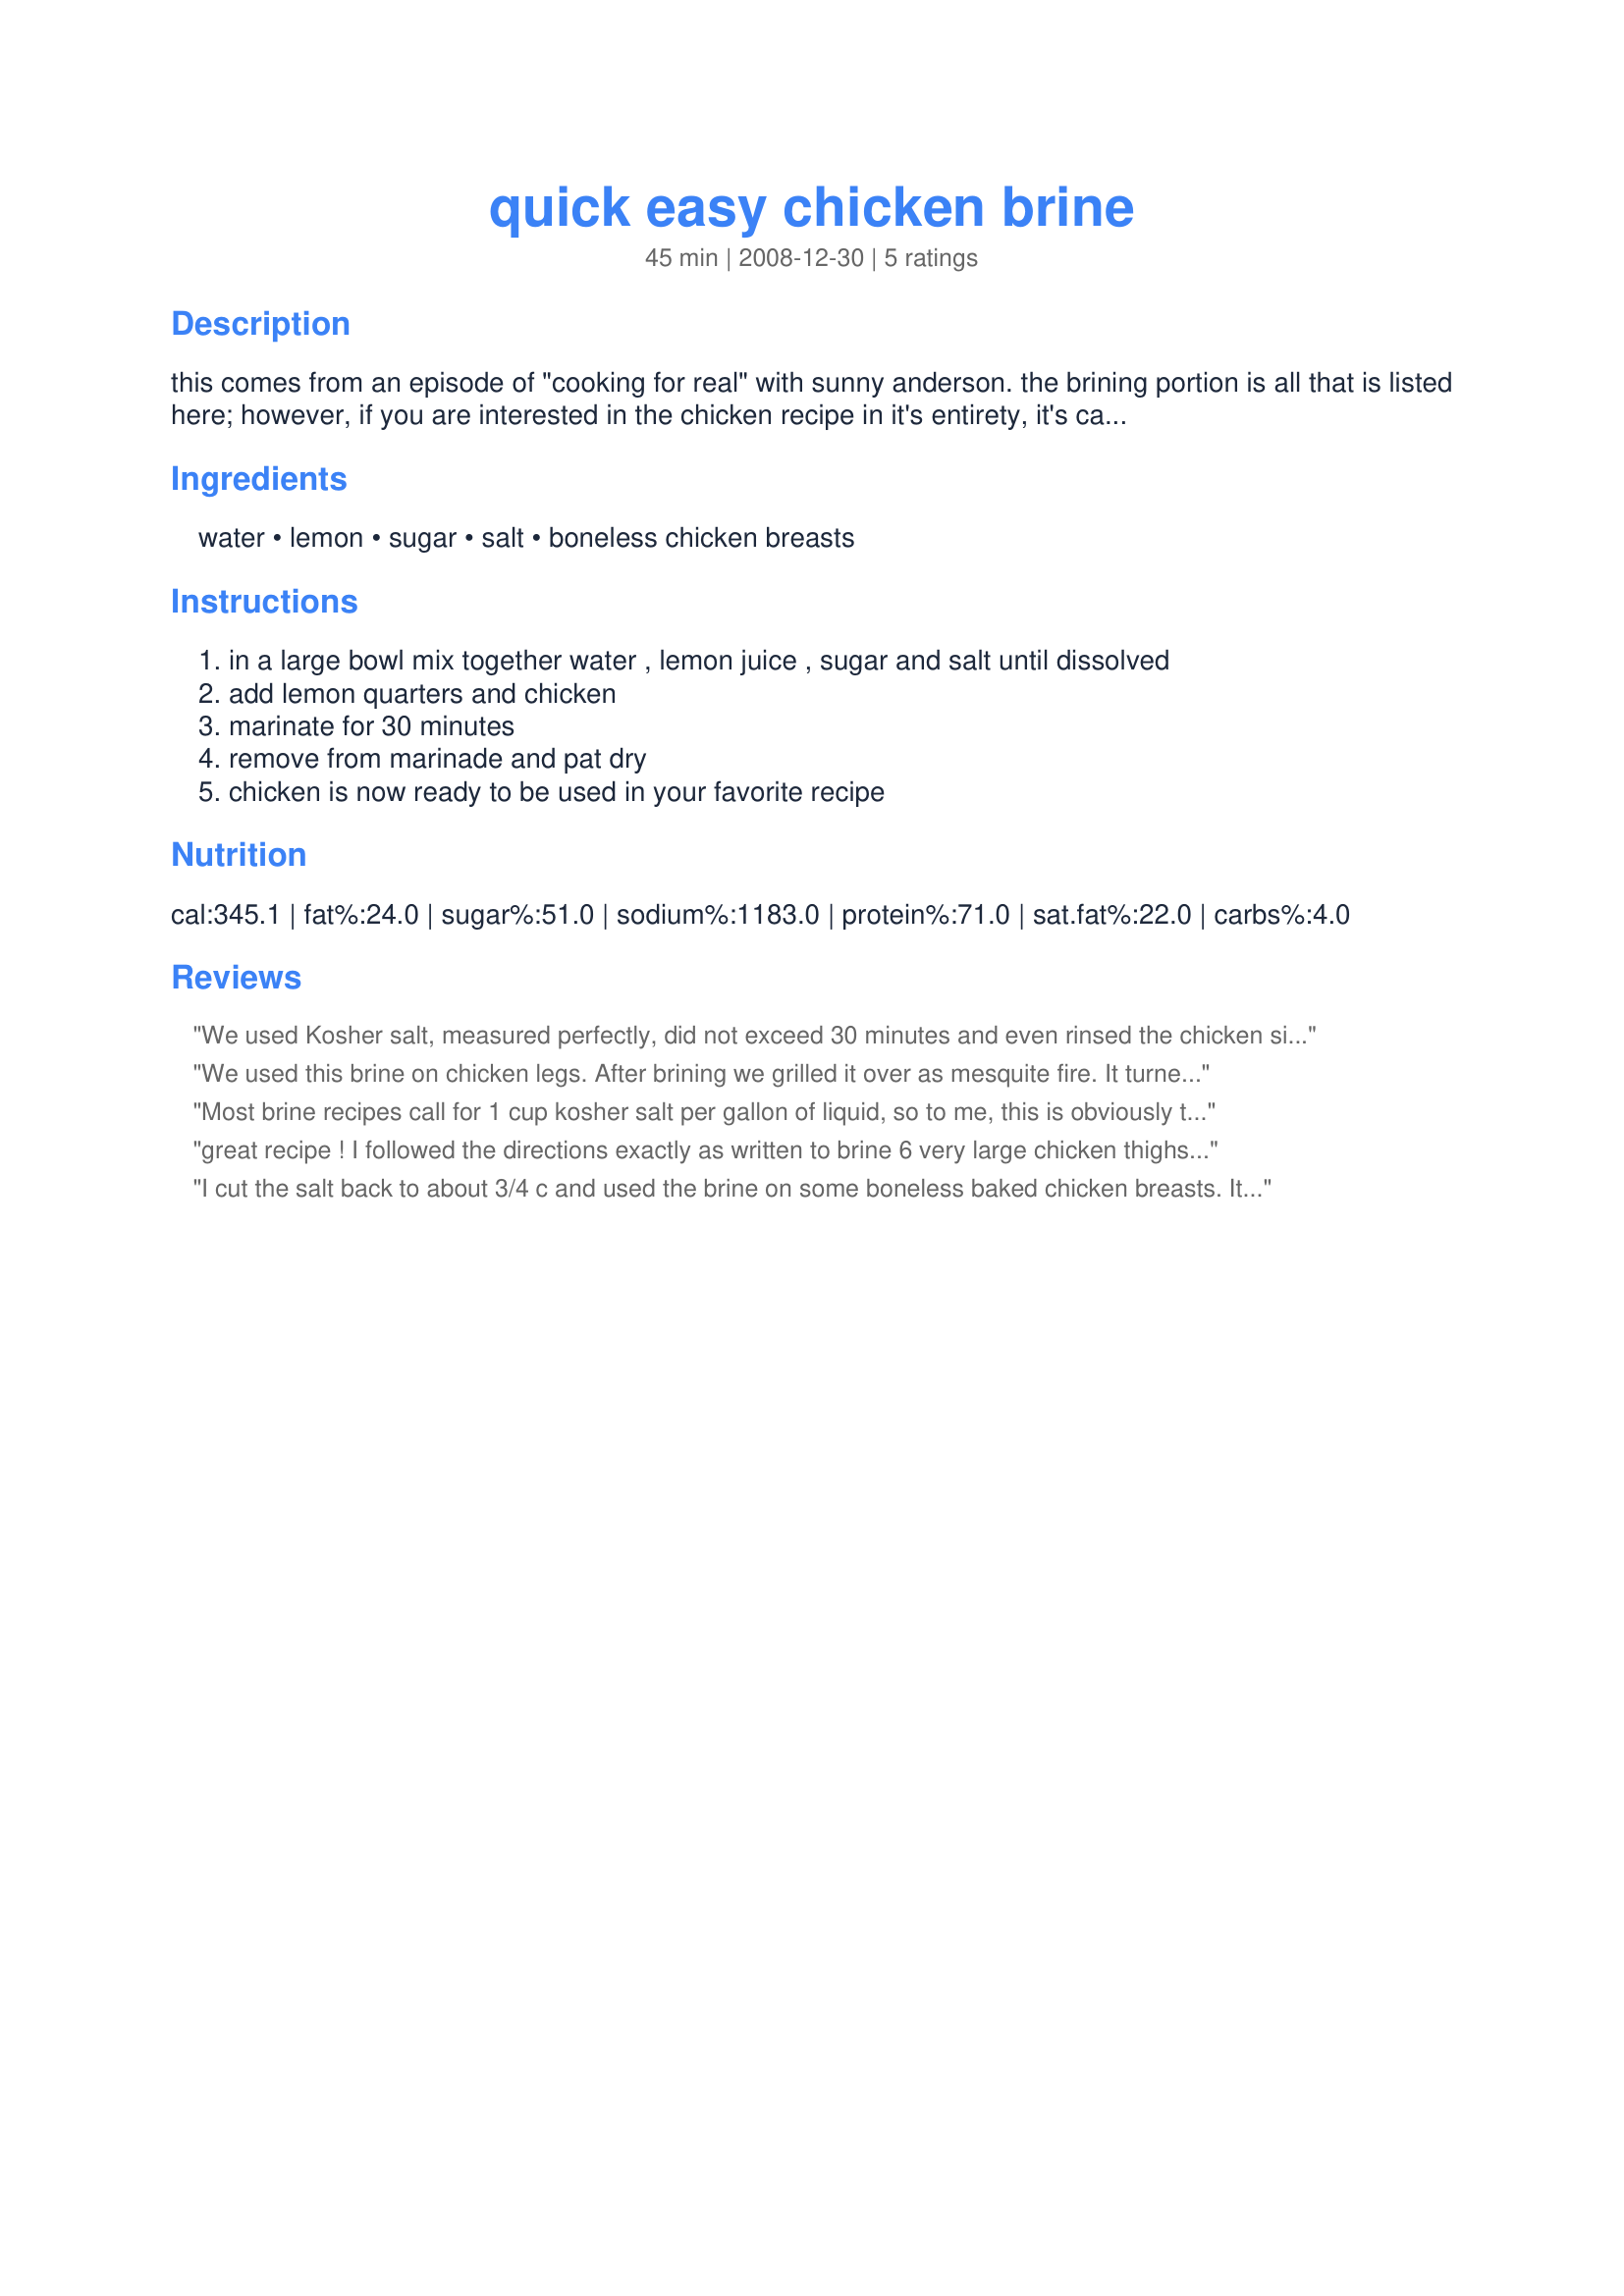
quick easy chicken brine
Preparation time: 45 minutes

this comes from an episode of "cooking for real" with sunny anderson. the brining portion is all that is listed here; however, if you are interested in the chicken recipe in it's entirety, it's called "grilled chicken with white wine mushroom sauce". i needed a brine for a smaller amount of poultry.

Ingredients:
water, lemon, sugar, salt, boneless chicken breasts

Steps:
in a large bowl mix together water , lemon juice , sugar and salt until dissolved
add lemon quarters and chicken
marinate for 30 minutes
remove from marinade and pat dry
chicken is now ready to be used in your favorite recipe

Reviews:
We used Kosher salt, measured perfectly, did not exceed 30 minutes and even rinsed the chicken since I suspected it would be too much. The salt is way too much. I think that you could go with 1/2 cup salt and be fine. Or possibly cut the time down to 15-20 minutes. Don&#039;t think of adding any salt to the chicken after you cook it. This is a very amateur way of doing it and serious cooks would steer clear of this. Stick to a longer brine with less salt and more herbs and spices.
We used this brine on chicken legs. After brining we grilled it over as mesquite fire. It turned out great - so very juicy. The kids loved it!! It was just a bit salty so we'll use this again but cut back on the salt. Thanks for sharing SugaJ.
Most brine recipes call for 1 cup kosher salt per gallon of liquid, so to me, this is obviously too salty. Table salt has smaller grains, but less is required than kosher, I forget the ratio. i was looking for a brine that doesn&#039;t need to sit overnight, like most of my recipes call for. I don&#039;t think this is it.
great recipe ! I followed the directions exactly as written to brine 6 very large chicken thighs, bone in, skin on. They came out great, very moist and flavorful.
I cut the salt back to about 3/4 c and used the brine on some boneless baked chicken breasts. It was still too salty for my taste, but it was incredibly juicy. I might try cutting the salt back even more. I even left the salt out of the chicken recipe I used. It wasn't too salty to eat, but I'm not sure how low we can go on the salt and get the same effect. Will continue to experiment. Thanks for sharing!
